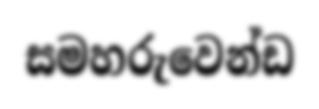
සමහරුවෙන්ඩ